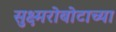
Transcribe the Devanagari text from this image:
सुक्ष्मरोबोटाच्या